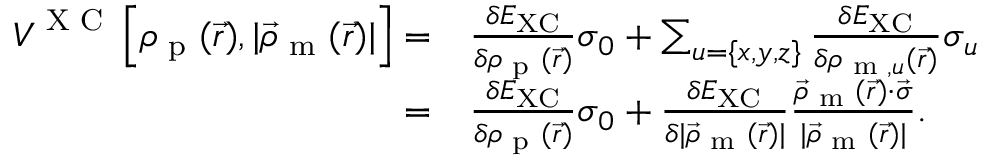
\begin{array} { r l } { \boldsymbol { V } ^ { \textrm { X C } } \left[ \rho _ { \textrm { p } } ( \vec { r } ) , | \vec { \rho } _ { \textrm { m } } ( \vec { r } ) | \right] = } & { \frac { \delta E _ { \mathrm { X C } } } { \delta \rho _ { \textrm { p } } ( \vec { r } ) } \boldsymbol { \sigma } _ { 0 } + \sum _ { u = \{ x , y , z \} } \frac { \delta E _ { \mathrm { X C } } } { \delta \rho _ { \textrm { m } , u } ( \vec { r } ) } \boldsymbol { \sigma } _ { u } } \\ { = } & { \frac { \delta E _ { \mathrm { X C } } } { \delta \rho _ { \textrm { p } } ( \vec { r } ) } \boldsymbol { \sigma } _ { 0 } + \frac { \delta E _ { \mathrm { X C } } } { \delta | \vec { \rho } _ { \textrm { m } } ( \vec { r } ) | } \frac { \vec { \rho } _ { \textrm { m } } ( \vec { r } ) \cdot \vec { \boldsymbol { \sigma } } } { | \vec { \rho } _ { \textrm { m } } ( \vec { r } ) | } . } \end{array}